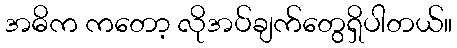
အဓိက ကတော့ လိုအပ်ချက်တွေရှိပါတယ်။